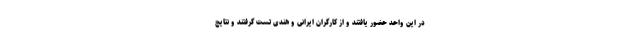
در این واحد حضور یافتند و از کارگران ایرانی و هندی تست گرفتند و نتایج